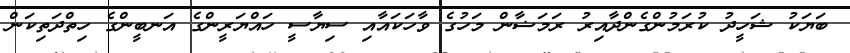
ބަޔަކު ޝަހީދު ކުރަމުންގެންދާއިރު ރަމަޟާން މަހުގެ ވާހަކައާއި ސިޔާސީ ހައްޔަރީންގެ އަނބީންގެ ހިތްދަތިކަން